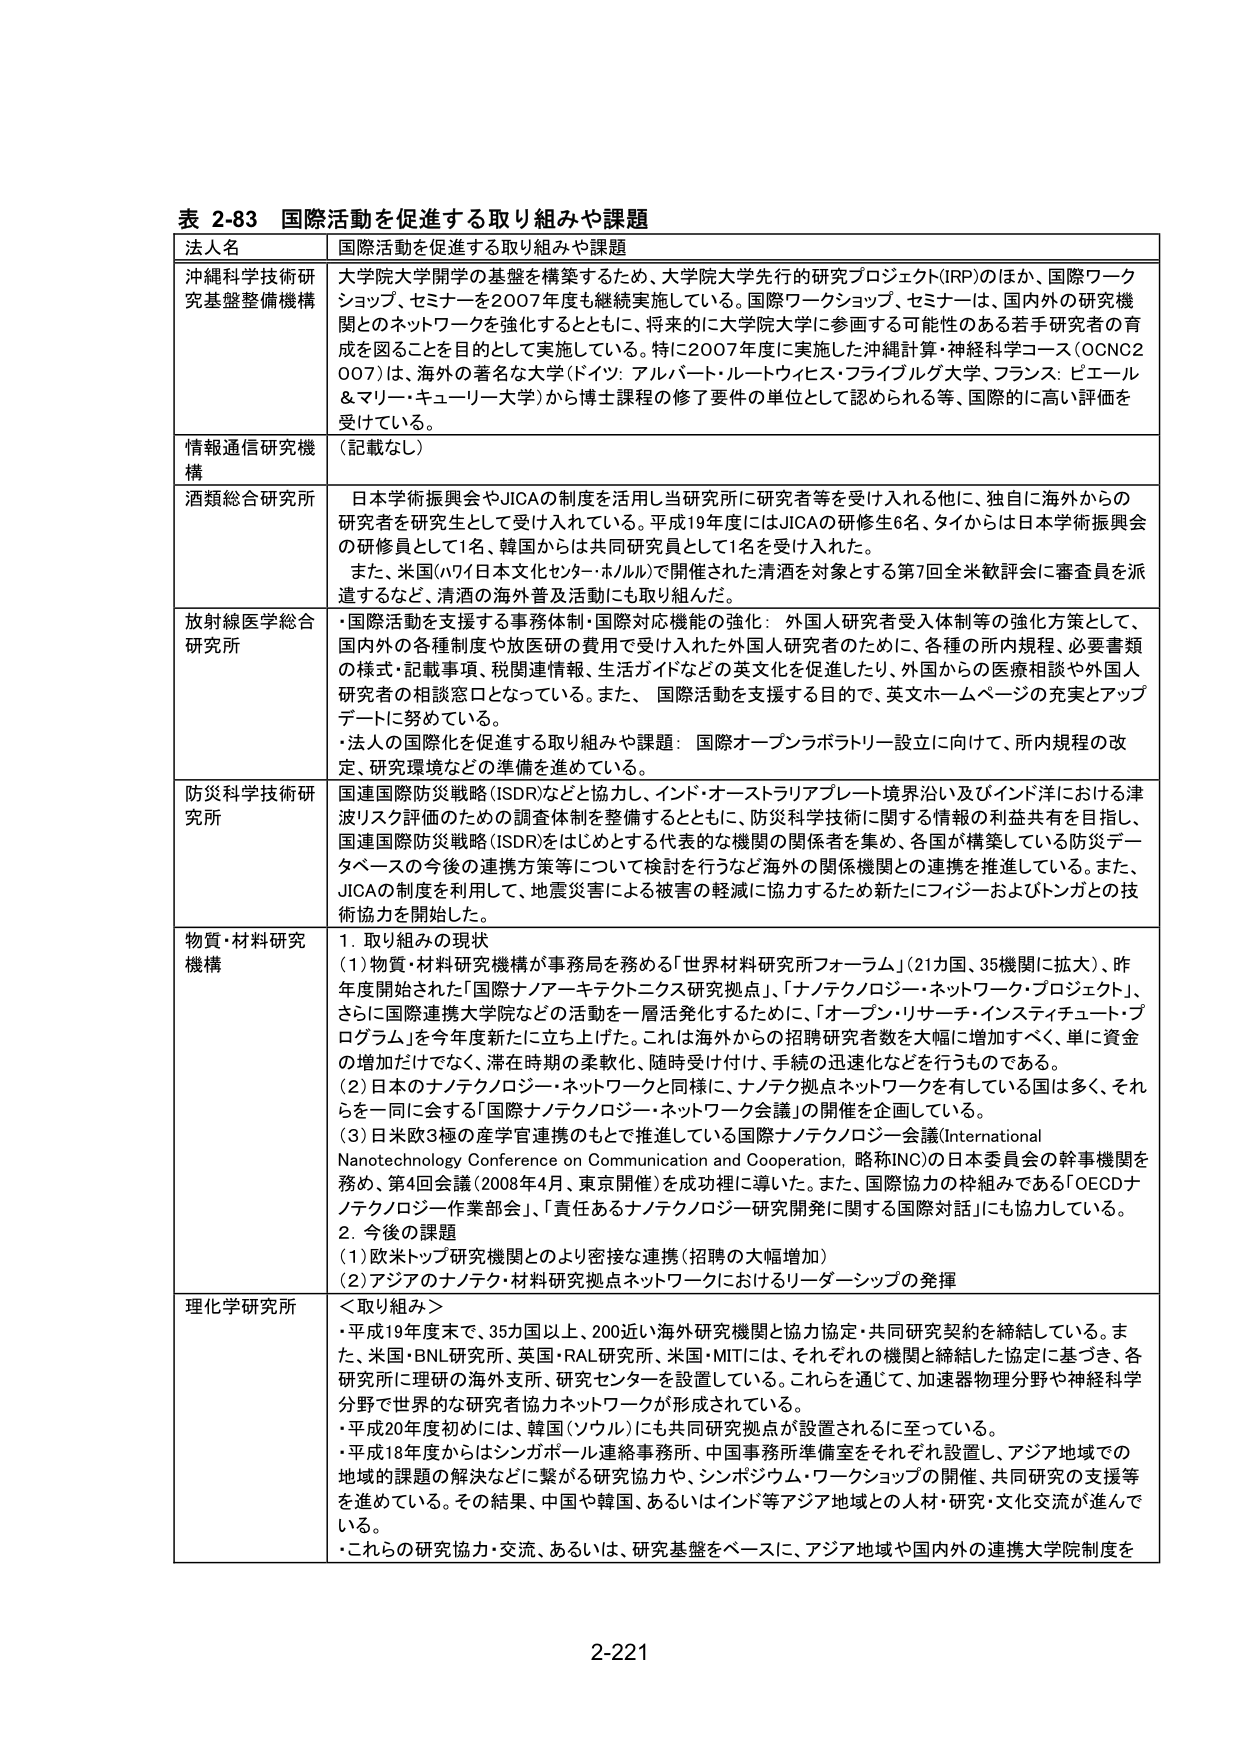
表 2-83 国際活動を促進する取り組みや課題

法人名 国際活動を促進する取り組みや課題

沖縄科学技術研究基盤整備機構 大学院大学開学の基盤を構築するため、大学院大学先行的研究プロジェクト(IRP)のほか、国際ワークショップ、セミナーを2007年度も継続実施している。国際ワークショップ、セミナーは、国内外の研究機関とのネットワークを強化するとともに、将来的に大学院大学に参画する可能性のある若手研究者の育成を図ることを目的として実施している。特に2007年度に実施した沖縄計算・神経科学コース（OCNC2007）は、海外の著名な大学（ドイツ：アルバート・ルートヴィヒ・フライブルク大学、フランス：ピエール＆マリー・キューリー大学）から博士課程の修了要件の単位として認められる等、国際的に高い評価を受けている。

情報通信研究機構 （記載なし）

酒類総合研究所 日本学術振興会やJICAの制度を活用し当研究所に研究者等を受け入れる他に、独自に海外からの研究者を研究生として受け入れている。平成19年度にはJICAの研修生6名、タイからは日本学術振興会の研修員として1名、韓国からは共同研究員として1名を受け入れた。また、米国（ハワイ日本文化センター・ホルル）で開催された清酒を対象とする第7回全米飲評会に審査員を派遣するなど、清酒の海外普及活動にも取り組んだ。

放射線医学総合研究所 ・国際活動を支援する事務体制・国際対応機能の強化：外国人研究者受入体制等の強化方策として、国内外の各種制度や放医研の費用で受け入れた外国人研究者のために、各種の所内規程、必要書類の様式・記載事項、税関連情報、生活ガイドなどの英文化を促進したり、外国からの医療相談や外国人研究者の相談窓口となっている。また、国際活動を支援する目的で、英文ホームページの充実とアップデートに努めている。・法人の国際化を促進する取り組みや課題：国際オープンラボラトリー設立に向けて、所内規程の改定、研究環境などの準備を進めている。

防災科学技術研究所 国連国際防災戦略（ISDR）などと協力し、インド・オーストラリアプレート境界沿い及びインド洋における津波リスク評価のための調査体制を整備するとともに、防災科学技術に関する情報の利益共有を目指し、国連国際防災戦略（ISDR）をはじめとする代表的な機関の関係者を集め、各国が構築している防災データベースの今後の連携方策等について検討を行うなど海外の関係機関との連携を推進している。また、JICAの制度を利用して、地震災害による被害の軽減に協力するため新たにフィジーおよびトンガとの技術協力を開始した。

物質・材料研究機構 1. 取り組みの現状 （1）物質・材料研究機構が事務局を務める「世界材料研究所フォーラム」（21カ国、35機関に拡大）、昨年度開始された「国際ナノアーキテクトニクス研究拠点」、「ナノテクノロジー・ネットワーク・プロジェクト」、さらに国際連携大学院などの活動を一層活発化するために、「オープン・リサーチ・インスティテュート・プログラム」を今年度新たに立ち上げた。これは海外からの招聘研究者数を大幅に増加すべく、単に資金の増加だけでなく、滞在時期の柔軟化、随時受け付け、手続の迅速化などを行っているのである。 （2）日本のナノテクノロジー・ネットワークと同様に、ナノテク拠点ネットワークを有している国は多く、それらを一同に会する「国際ナノテクノロジー・ネットワーク会議」の開催を企画している。 （3）日米欧3極の産学官連携のもとで推進している国際ナノテクノロジー会議（International Nanotechnology Conference on Communication and Cooperation、略称INC）の日本委員会の幹事機関を務め、第4回会議（2008年4月、東京開催）を成功裡に導いた。また、国際協力の枠組みである「OECDナノテクノロジー作業部会」、「責任あるナノテクノロジー研究開発に関する国際対話」にも協力している。 2. 今後の課題 （1）欧米トップ研究機関とのより密接な連携（招聘の大幅増加） （2）アジアのナノテク・材料研究拠点ネットワークにおけるリーダーシップの発揮

理化学研究所 ＜取り組み＞ ・平成19年度末で、35カ国以上、200近い海外研究機関と協力協定・共同研究契約を締結している。また、米国・BNL研究所、英国・RAL研究所、米国・MITには、それぞれの機関と締結した協定に基づき、各研究所に理研の海外支所、研究センターを設置している。これらを通じて、加速器物理分野や神経科学分野で世界的な研究者協力ネットワークが形成されている。 ・平成20年度初めには、韓国（ソウル）にも共同研究拠点が設置されるに至っている。 ・平成18年度からはシンガポール連絡事務所、中国事務所準備室をそれぞれ設置し、アジア地域での地域的課題の解決などに繋がる研究協力や、シンポジウム・ワークショップの開催、共同研究の支援等を進めている。その結果、中国や韓国、あるいはインド等アジア地域との人材・研究・文化交流が進んでいる。 ・これらの研究協力・交流、あるいは、研究基盤をベースに、アジア地域や国内外の連携大学院制度を

2-221